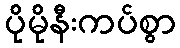
ပိုမိုနီးကပ်စွာ